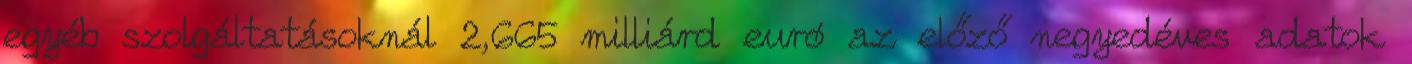
egyéb szolgáltatásoknál 2,665 milliárd euró az előző negyedéves adatok